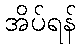
အိပ်ရန်